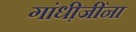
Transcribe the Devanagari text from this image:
गांधी़जींना